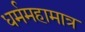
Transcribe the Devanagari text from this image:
धर्ममहामात्र